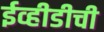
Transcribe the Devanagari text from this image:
ईव्हीडीची